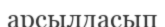
арсылдасып